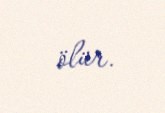
ölür.